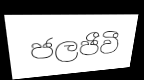
ජලජීවී